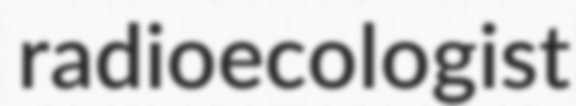
radioecologist